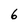
Character: 6